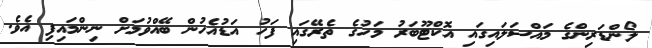
ލޯންޑަރިންގެ މައްސަލައިގައި އޮކްޓޫބަރު މަހުގެ ތެރޭގައި ފަހު އަޑުއެހުން ބޭއްވުމަށް ނިންމައިފި އެވެ.